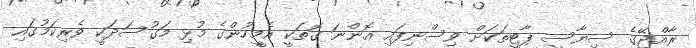
ރާއްޖޭގެ ސިޔާސީ ޕާޓީތަކަށް ވިސްނިފައި އޮންނަ ގޮތަކީ އެމީހުންގެ މުޅި މަގުސަދަކީ ވެރިކަމުގައި